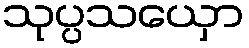
သုပ္ပသယှော